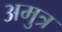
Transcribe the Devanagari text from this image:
अमुत्र